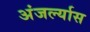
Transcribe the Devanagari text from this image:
अंजर्ल्यास